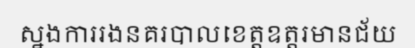
ស្នងការរងនគរបាលខេត្តឧត្តរមានជ័យ